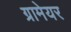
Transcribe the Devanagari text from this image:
ग्रामेयर